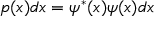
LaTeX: p ( x ) d x = \psi ^ { * } ( x ) \psi ( x ) d x